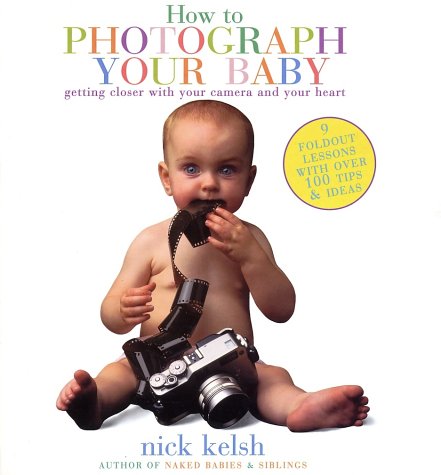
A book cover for How to Photograph Your Baby: Getting Closer with Your Camera and Your Heart; Nick Kelsh; Arts & Photography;